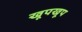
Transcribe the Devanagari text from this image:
खूपखूप